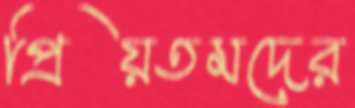
প্রিয়তমদের